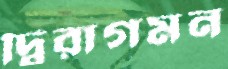
দ্বিরাগমন